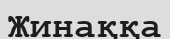
Жинаққа